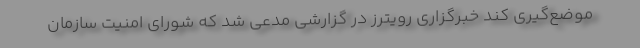
موضع‌گیری کند خبرگزاری رویترز در گزارشی مدعی شد که شورای امنیت سازمان